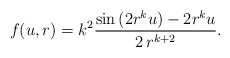
\begin{align*}f(u,r)=k^2\frac{\sin{(2r^ku)}-2r^ku}{2\,r^{k+2}}.\end{align*}